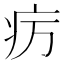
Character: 疠